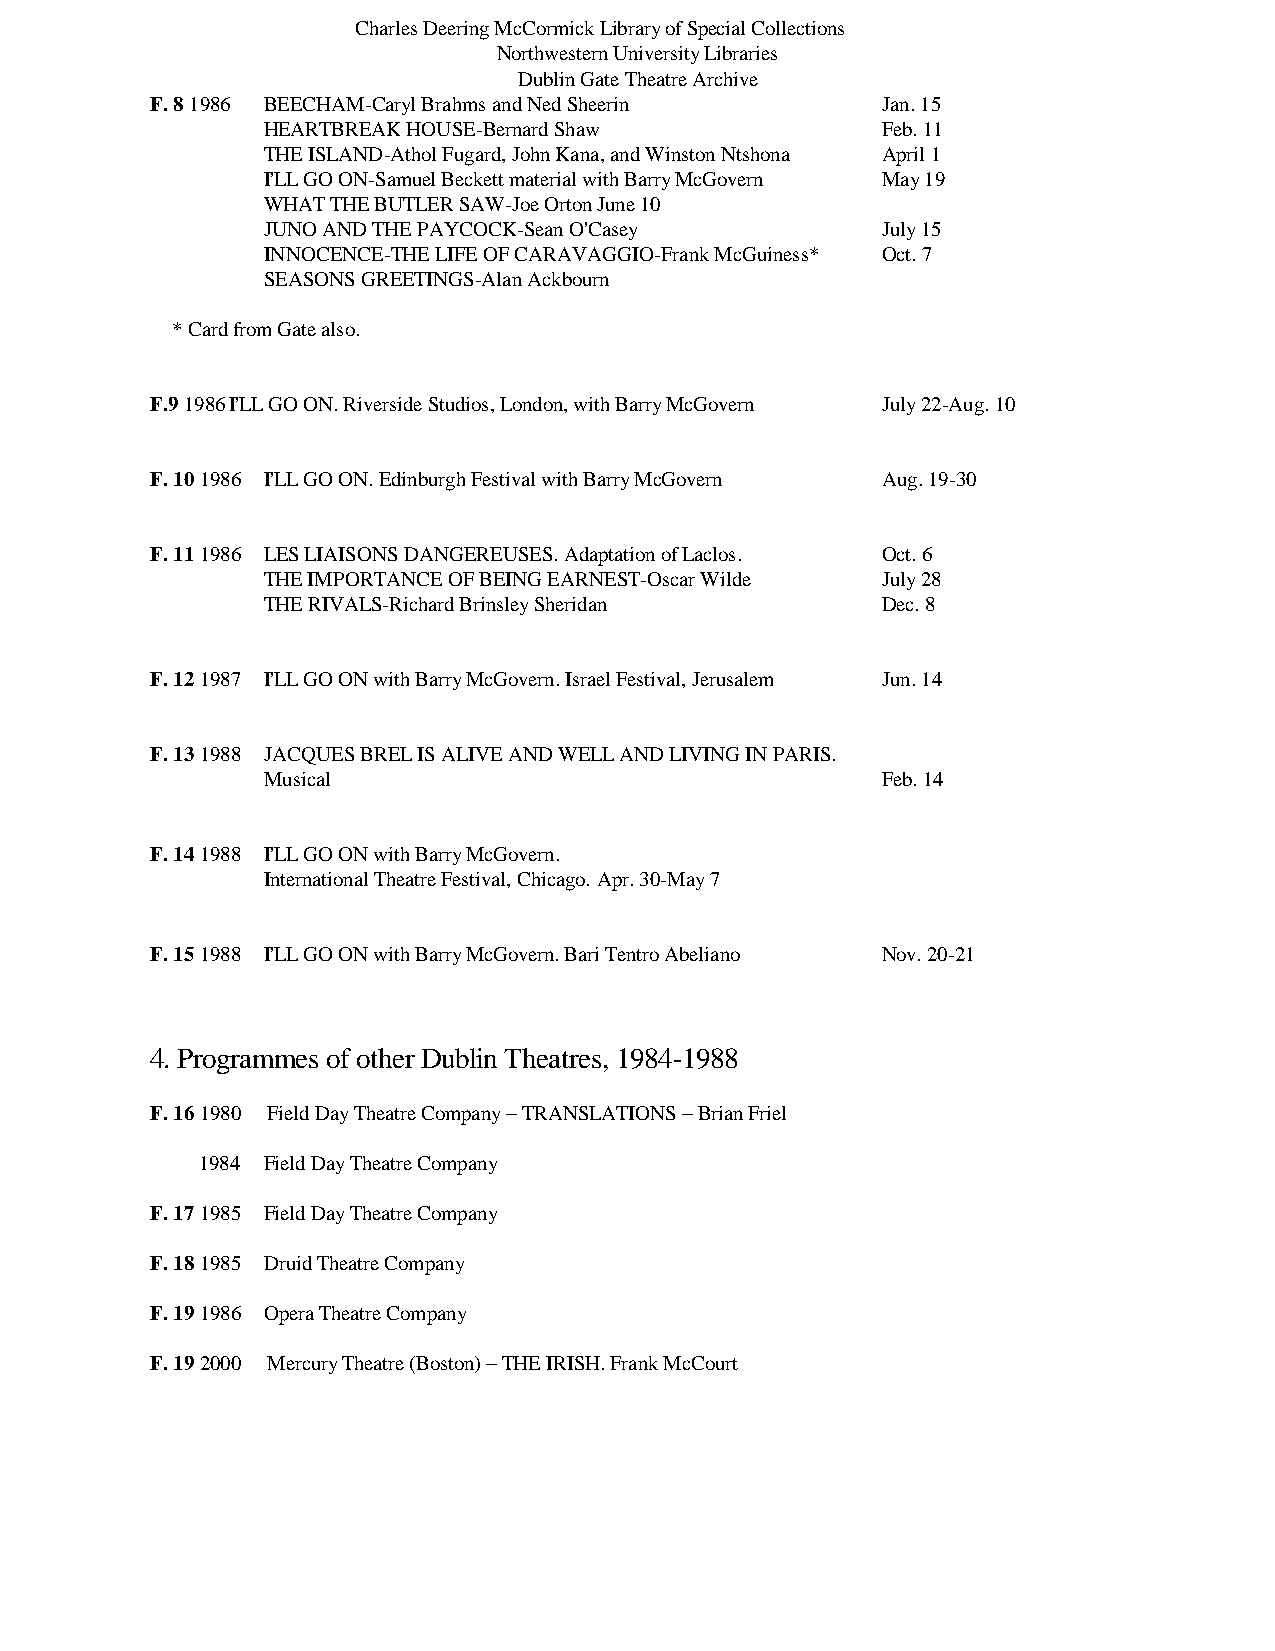
Charles Deering McCormick Library of Special Collections
 Northwestern University Libraries
 Dublin Gate Theatre Archive
 F. 8 1986 BEECHAM-Caryl Brahms and Ned Sheerin  Jan. 15
 HEARTBREAK HOUSE-Bernard Shaw            Feb. 11
 THE ISLAND-Athol Fugard, John Kana, and Winston Ntshona April 1
 I'LL GO ON-Samuel Beckett material with Barry McGovern May 19
 WHAT THE BUTLER SAW-Joe Orton June 10
 JUNO AND THE PAYCOCK-Sean O'Casey        July 15
 INNOCENCE-THE LIFE OF CARAVAGGIO-Frank McGuiness* Oct. 7
 SEASONS GREETINGS-Alan Ackbourn
 * Card from Gate also.
 F.9 1986 I'LL GO ON. Riverside Studios, London, with Barry McGovern July 22-Aug. 10
 F. 10 1986 I'LL GO ON. Edinburgh Festival with Barry McGovern Aug. 19-30
 F. 11 1986 LES LIAISONS DANGEREUSES. Adaptation of Laclos. Oct. 6
 THE IMPORTANCE OF BEING EARNEST-Oscar Wilde July 28
 THE RIVALS-Richard Brinsley Sheridan     Dec. 8
 F. 12 1987 I'LL GO ON with Barry McGovern. Israel Festival, Jerusalem Jun. 14
 F. 13 1988 JACQUES BREL IS ALIVE AND WELL AND LIVING IN PARIS.
 Musical                                  Feb. 14
 F. 14 1988 I'LL GO ON with Barry McGovern.
 International Theatre Festival, Chicago. Apr. 30-May 7
 F. 15 1988 I'LL GO ON with Barry McGovern. Bari Tentro Abeliano Nov. 20-21
 4. Programmes of other Dublin Theatres, 1984-1988
 F. 16 1980 Field Day Theatre Company – TRANSLATIONS – Brian Friel
 1984 Field Day Theatre Company
 F. 17 1985 Field Day Theatre Company
 F. 18 1985 Druid Theatre Company
 F. 19 1986 Opera Theatre Company
 F. 19 2000 Mercury Theatre (Boston) – THE IRISH. Frank McCourt